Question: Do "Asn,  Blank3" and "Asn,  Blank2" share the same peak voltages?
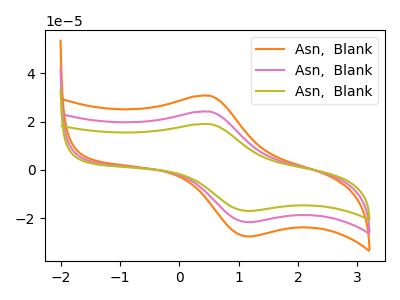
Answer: <think>The orange curve "Asn,  Blank1" has an anodic peak at (0.50V, 48.30uA) and a cathodic peak at (1.20V, -43.40uA). The pink curve "Asn,  Blank2" has an anodic peak at (0.50V, 24.15uA) and a cathodic peak at (1.20V, -21.70uA). The olive curve "Asn,  Blank3" has an anodic peak at (0.50V, 18.95uA) and a cathodic peak at (1.20V, -17.05uA).</think>
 <answer>Yes, "Asn,  Blank3" have a peak in "Asn,  Blank2" at the same potential.</answer>
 <eval>match</eval>